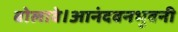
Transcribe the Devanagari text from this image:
बोलावे।आनंदवनभुवनी